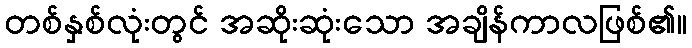
တစ်နှစ်လုံးတွင် အဆိုးဆုံးသော အချိန်ကာလဖြစ်၏။